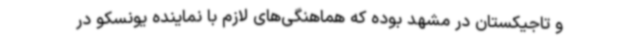
و تاجیکستان در مشهد بوده که هماهنگی‌های لازم با نماینده یونسکو در